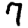
Digit: 7